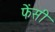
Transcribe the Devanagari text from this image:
फेंसी